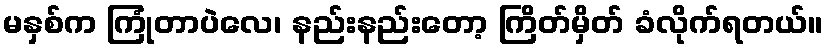
မနှစ်က ကြုံတာပဲလေ၊ နည်းနည်းတော့ ကြိတ်မှိတ် ခံလိုက်ရတယ်။